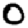
Digit: 0